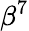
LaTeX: \beta^{7}